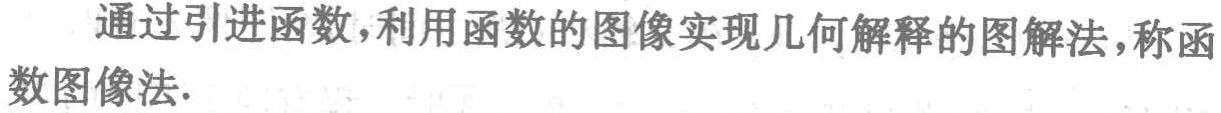
通过引进函数,利用函数的图像实现几何解释的图解法,称函数图像法.